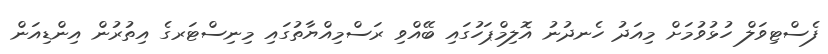
ފެސްޓިވަލް ހުޅުވުމަށް މިއަދު ހެނދުނު އޮލިމްޕަހުގައި ބޭއްވި ރަސްމިއްޔާތުގައި މިނިސްޓަރގެ އިތުރުން އިންޑިއަން